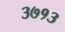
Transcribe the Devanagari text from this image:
३७१३